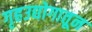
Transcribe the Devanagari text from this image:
गृहउद्योगातून